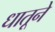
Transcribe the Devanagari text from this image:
धातूने